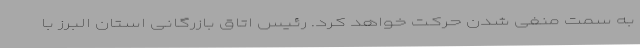
به سمت منفی شدن حرکت خواهد کرد. رئیس اتاق بازرگانی استان البرز با